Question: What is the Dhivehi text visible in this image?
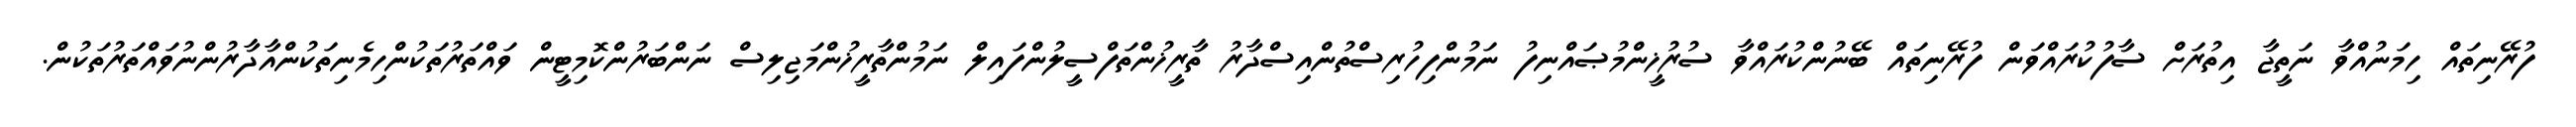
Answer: ފުރޭނިތައް ހިމަނުއްވާ ނަތީޖާ އިތުރަށް ސާފުކުރައްވަން ފުރޭނިތައް ބޭނުންކުރައްވާ ސުރުޚީންމުޞައްނިފު ނަމުންފިހުރިސްތުންއިސްދާރު ތާރީޚުންތަފްސީލުންފައިލް ނަމުންތާރީޚުންމަޖިލިސް ނަންބަރުންކޮމިޓީން ވައްތަރުތަކުންހިމެނިތަކުންއާދާރުންނުވައްތަރުތަކުން.